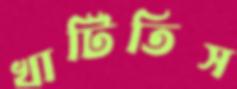
খাটিতিস